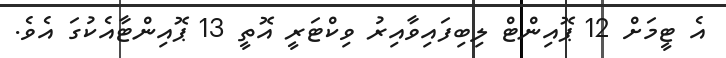
އެ ޓީމަށް 12 ޕޮއިންޓް ލިބިފައިވާއިރު ވިކްޓަރީ އޮތީ 13 ޕޮއިންޓާއެކުގަ އެވެ.